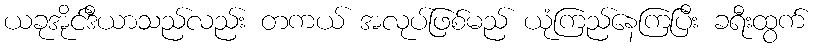
ယခုအိုင်ဒီယာသည်လည်း တကယ် အလုပ်ဖြစ်မည် ယုံကြည်နေကြပြီး ခရီးထွက်